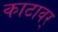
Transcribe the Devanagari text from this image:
काटावर्